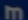
m